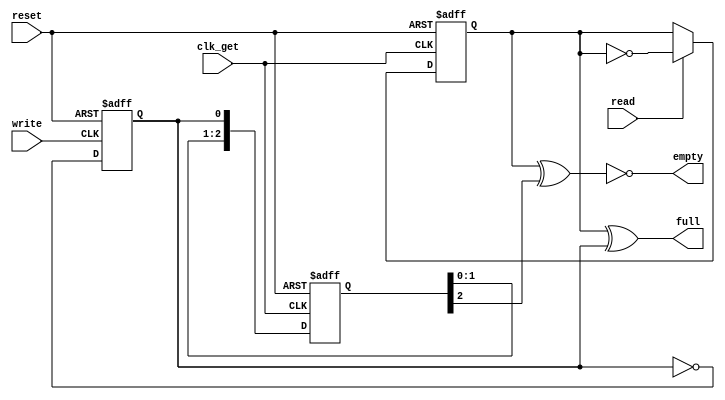
////////////////////////////////////////////////////////////////////////////////////
// Copyright (c) 2016, University of British Columbia (UBC)  All rights reserved. //
//                                                                                //
// Redistribution  and  use  in  source   and  binary  forms,   with  or  without //
// modification,  are permitted  provided that  the following conditions are met: //
//   * Redistributions   of  source   code  must  retain   the   above  copyright //
//     notice,  this   list   of   conditions   and   the  following  disclaimer. //
//   * Redistributions  in  binary  form  must  reproduce  the  above   copyright //
//     notice, this  list  of  conditions  and the  following  disclaimer in  the //
//     documentation and/or  other  materials  provided  with  the  distribution. //
//   * Neither the name of the University of British Columbia (UBC) nor the names //
//     of   its   contributors  may  be  used  to  endorse  or   promote products //
//     derived from  this  software without  specific  prior  written permission. //
//                                                                                //
// THIS  SOFTWARE IS  PROVIDED  BY THE COPYRIGHT HOLDERS AND CONTRIBUTORS "AS IS" //
// AND  ANY EXPRESS  OR IMPLIED WARRANTIES,  INCLUDING,  BUT NOT LIMITED TO,  THE //
// IMPLIED WARRANTIES OF MERCHANTABILITY AND FITNESS FOR A PARTICULAR PURPOSE ARE //
// DISCLAIMED.  IN NO  EVENT SHALL University of British Columbia (UBC) BE LIABLE //
// FOR ANY DIRECT,  INDIRECT,  INCIDENTAL,  SPECIAL,  EXEMPLARY, OR CONSEQUENTIAL //
// DAMAGES  (INCLUDING,  BUT NOT LIMITED TO,  PROCUREMENT OF  SUBSTITUTE GOODS OR //
// SERVICES;  LOSS OF USE,  DATA,  OR PROFITS;  OR BUSINESS INTERRUPTION) HOWEVER //
// CAUSED AND ON ANY THEORY OF LIABILITY,  WHETHER IN CONTRACT, STRICT LIABILITY, //
// OR TORT  (INCLUDING NEGLIGENCE OR OTHERWISE) ARISING IN ANY WAY OUT OF THE USE //
// OF  THIS SOFTWARE,  EVEN  IF  ADVISED  OF  THE  POSSIBILITY  OF  SUCH  DAMAGE. //
////////////////////////////////////////////////////////////////////////////////////

////////////////////////////////////////////////////////////////////////////////////
//  asps2clkd_full_empty_ctrl.v: asp* -> clkd stage full/empty controller module  //
//  Cell-based Mixed FIFOs :: University of British Columbia  (UBC) :: July 2016  //
////////////////////////////////////////////////////////////////////////////////////

////////////////////////////////////////////////////////////////////////////////////
//                                                                                //
// clk_get              _____                                                     //
// >------+---------.  |     |                                                    //
// reset  |         '->|CLK  |                                                    //
// >----+-|---------.  |     |                                                    //
// read | |    ____ '->|RST  |                                                    //
// >----|-|---\\   \   |   _ | read_r                                 ____        //
//      | |    ))XOR)->|D_/ Q|--+-------------------------------+----\\   \       //
//      | | .-//___/   |_____|  |                               |     ))XOR)----> //
//      | | |                   |                               |  .-//___/  full //
//      | | '-------------------'                               |  |              //
//      | |                                                     |  |              //
//      | |                                                     |  |              //
//      | '-------------------.                                 |  |              //
//      |             _____   |   _____    _____       _____    |  |              //
// write|            |     |  |  |     |  |     |     |     |   |  |              //
// >----|----------->|CLK  |  '->|CLK--|->|CLK--|-..->|CLK  |   |  |              //
//      |            |     |     |     |  |     |     |     |   |  |  ____        //
//      '----------->|RST--|---->|RST--|->|RST--|-..->|RST  |   '--|-\\ X \       //
//                   |   _ |write|   _ |  |   _ |     |   _ |write_|  ))NOR)O---> //
//                .->|D_/ Q|--+->|D_/ Q|->|D_/ Q|-..->|D_/ Q|------|-//___/ empty //
//                |  |_____|_r|  |_____|  |_____|     |_____|r_sync|              //
//                |           |                                    |              //
//                '----o<|----+------------------------------------'              //
//                                                                                //
////////////////////////////////////////////////////////////////////////////////////

module asps2clkd_full_empty_ctrl
  #( parameter SYNCD = 3 )  // brute-force synchronizer depth
   ( input     reset     ,  // global reset
     input     clk_get   ,  // clock for receiver domain
     input     write     ,  // record write
     output    empty     ,  // fifo is empty
     input     read      ,  // record read
     output    full      ); // fifo is full

  // local wires/regs
  reg read_r ;
  reg write_r;
  reg [SYNCD-1:0] write_r_sync;
  
  // read flop
  always@(posedge clk_get or posedge reset)
    if (reset) read_r <= 1'b0;
    else       read_r <= read ? ~read_r : read_r;
  
  // write flop
  always@(posedge write or posedge reset)
    if (reset) write_r <= 1'b0;
    else       write_r <= ~write_r;
  
  // synchronize write flops into read clock domains
  always@(posedge clk_get or posedge reset)
    if (reset) write_r_sync <= {SYNCD{1'b0}};
    else       write_r_sync <= {write_r_sync[SYNCD-2:0], write_r};
 
  // assign outputs
  assign empty = ~(read_r ^ write_r_sync[SYNCD-1]);
  assign full  =  (read_r ^ write_r);
   
endmodule // asps2clkd_full_empty_ctrl